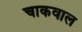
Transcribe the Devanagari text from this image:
चाकवाल